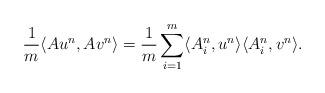
LaTeX: \begin{align*}{1\over m}\langle Au^n,Av^n\rangle= {1\over m}\sum_{i=1}^m\langle A_i^n,u^n \rangle \langle A_i^n,v^n \rangle.\end{align*}